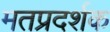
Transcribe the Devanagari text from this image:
मतप्रदर्शक